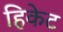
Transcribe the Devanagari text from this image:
हिकेट